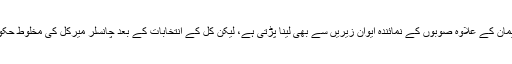
ٹيکس سے متعلق تمام قوانين کی منظوری وفاقی پارليمان کے علاوہ صوبوں کے نمائندہ ايوان زيريں سے بھی لينا پڑتی ہے، ليکن کل کے انتخابات کے بعد چانسلر ميرکل کی مخلوط حکومت ايوان زيريں ميں اکثريت سے محروم ہوگئی ہے۔